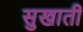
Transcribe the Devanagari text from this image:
सुखाती